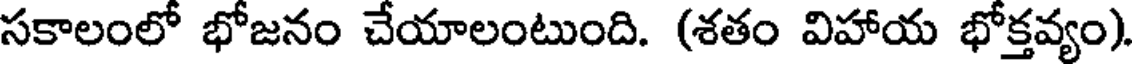
సకాలంలో భోజనం చేయాలంటుంది. (శతం విహాయ భోక్తవ్యం)